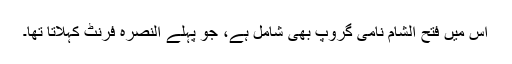
اس میں فتح الشام نامی گروپ بھی شامل ہے، جو پہلے النصرہ فرنٹ کہلاتا تھا۔